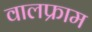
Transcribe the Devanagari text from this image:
वालफ्राम